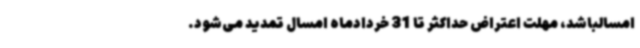
امسالباشد، مهلت اعتراض حداکثر تا 31 خردادماه امسال تمدید می‌شود.